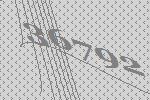
36792